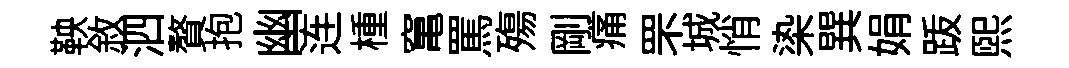
鞅敘泗贅抱幽连㮔𥧄罵殤剛痛罘城悄𣑱巽娟䟦熙